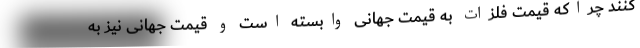
کنند چراکه قیمت فلزات به قیمت جهانی وابسته است و قیمت جهانی نیز به